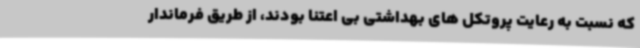
که نسبت به رعایت پروتکل های بهداشتی بی اعتنا بودند، از طریق فرماندار